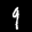
Label: 9